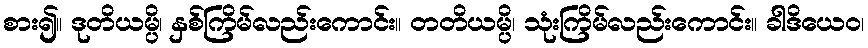
စား၍။ ဒုတိယမ္ပိ၊ နှစ်ကြိမ်လည်းကောင်း။ တတိယမ္ပိ၊ သုံးကြိမ်လည်းကောင်း။ ခါဒိယေဝ၊